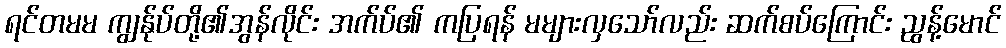
ရင်တမမ ကျွန်ုပ်တို့၏အွန်လိုင်း အက်ပ်၏ ကပြရန် မများလှသော်လည်း ဆက်စပ်ကြောင်း ညွန့်မောင်